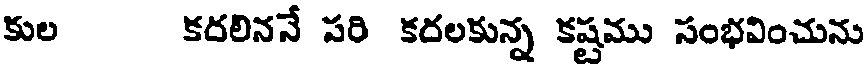
కుల కదలిననే పరి కదలకున్న కష్టము సంభవించును